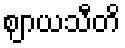
ဈာယသီတိ